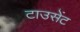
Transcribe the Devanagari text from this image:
टाउसेंट